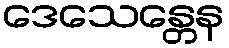
ဒေသေန္တေန